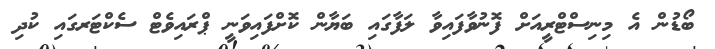
ބޯޑުން އެ މިނިސްޓްރީއަށް ފޮނުވާފައިވާ ލަފާގައި ބަޔާން ކޮށްފައިވަނީ ޕްރައިވެޓް ސެކްޓަރގައި ކުދި